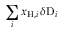
\sum _ { i } x _ { \mathrm { H } , i } \, \delta \mathrm { D } _ { i }